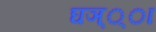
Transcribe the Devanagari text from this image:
घञ््‌ा